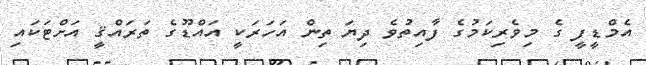
އެމްޑީފީ ގެ މިވެރިކަމުގެ ފާއިތުވެ ދިޔަ ތިން އަހަރަކީ އައްޑޫގެ ތަރައްޤީ އަށްޓަކައި